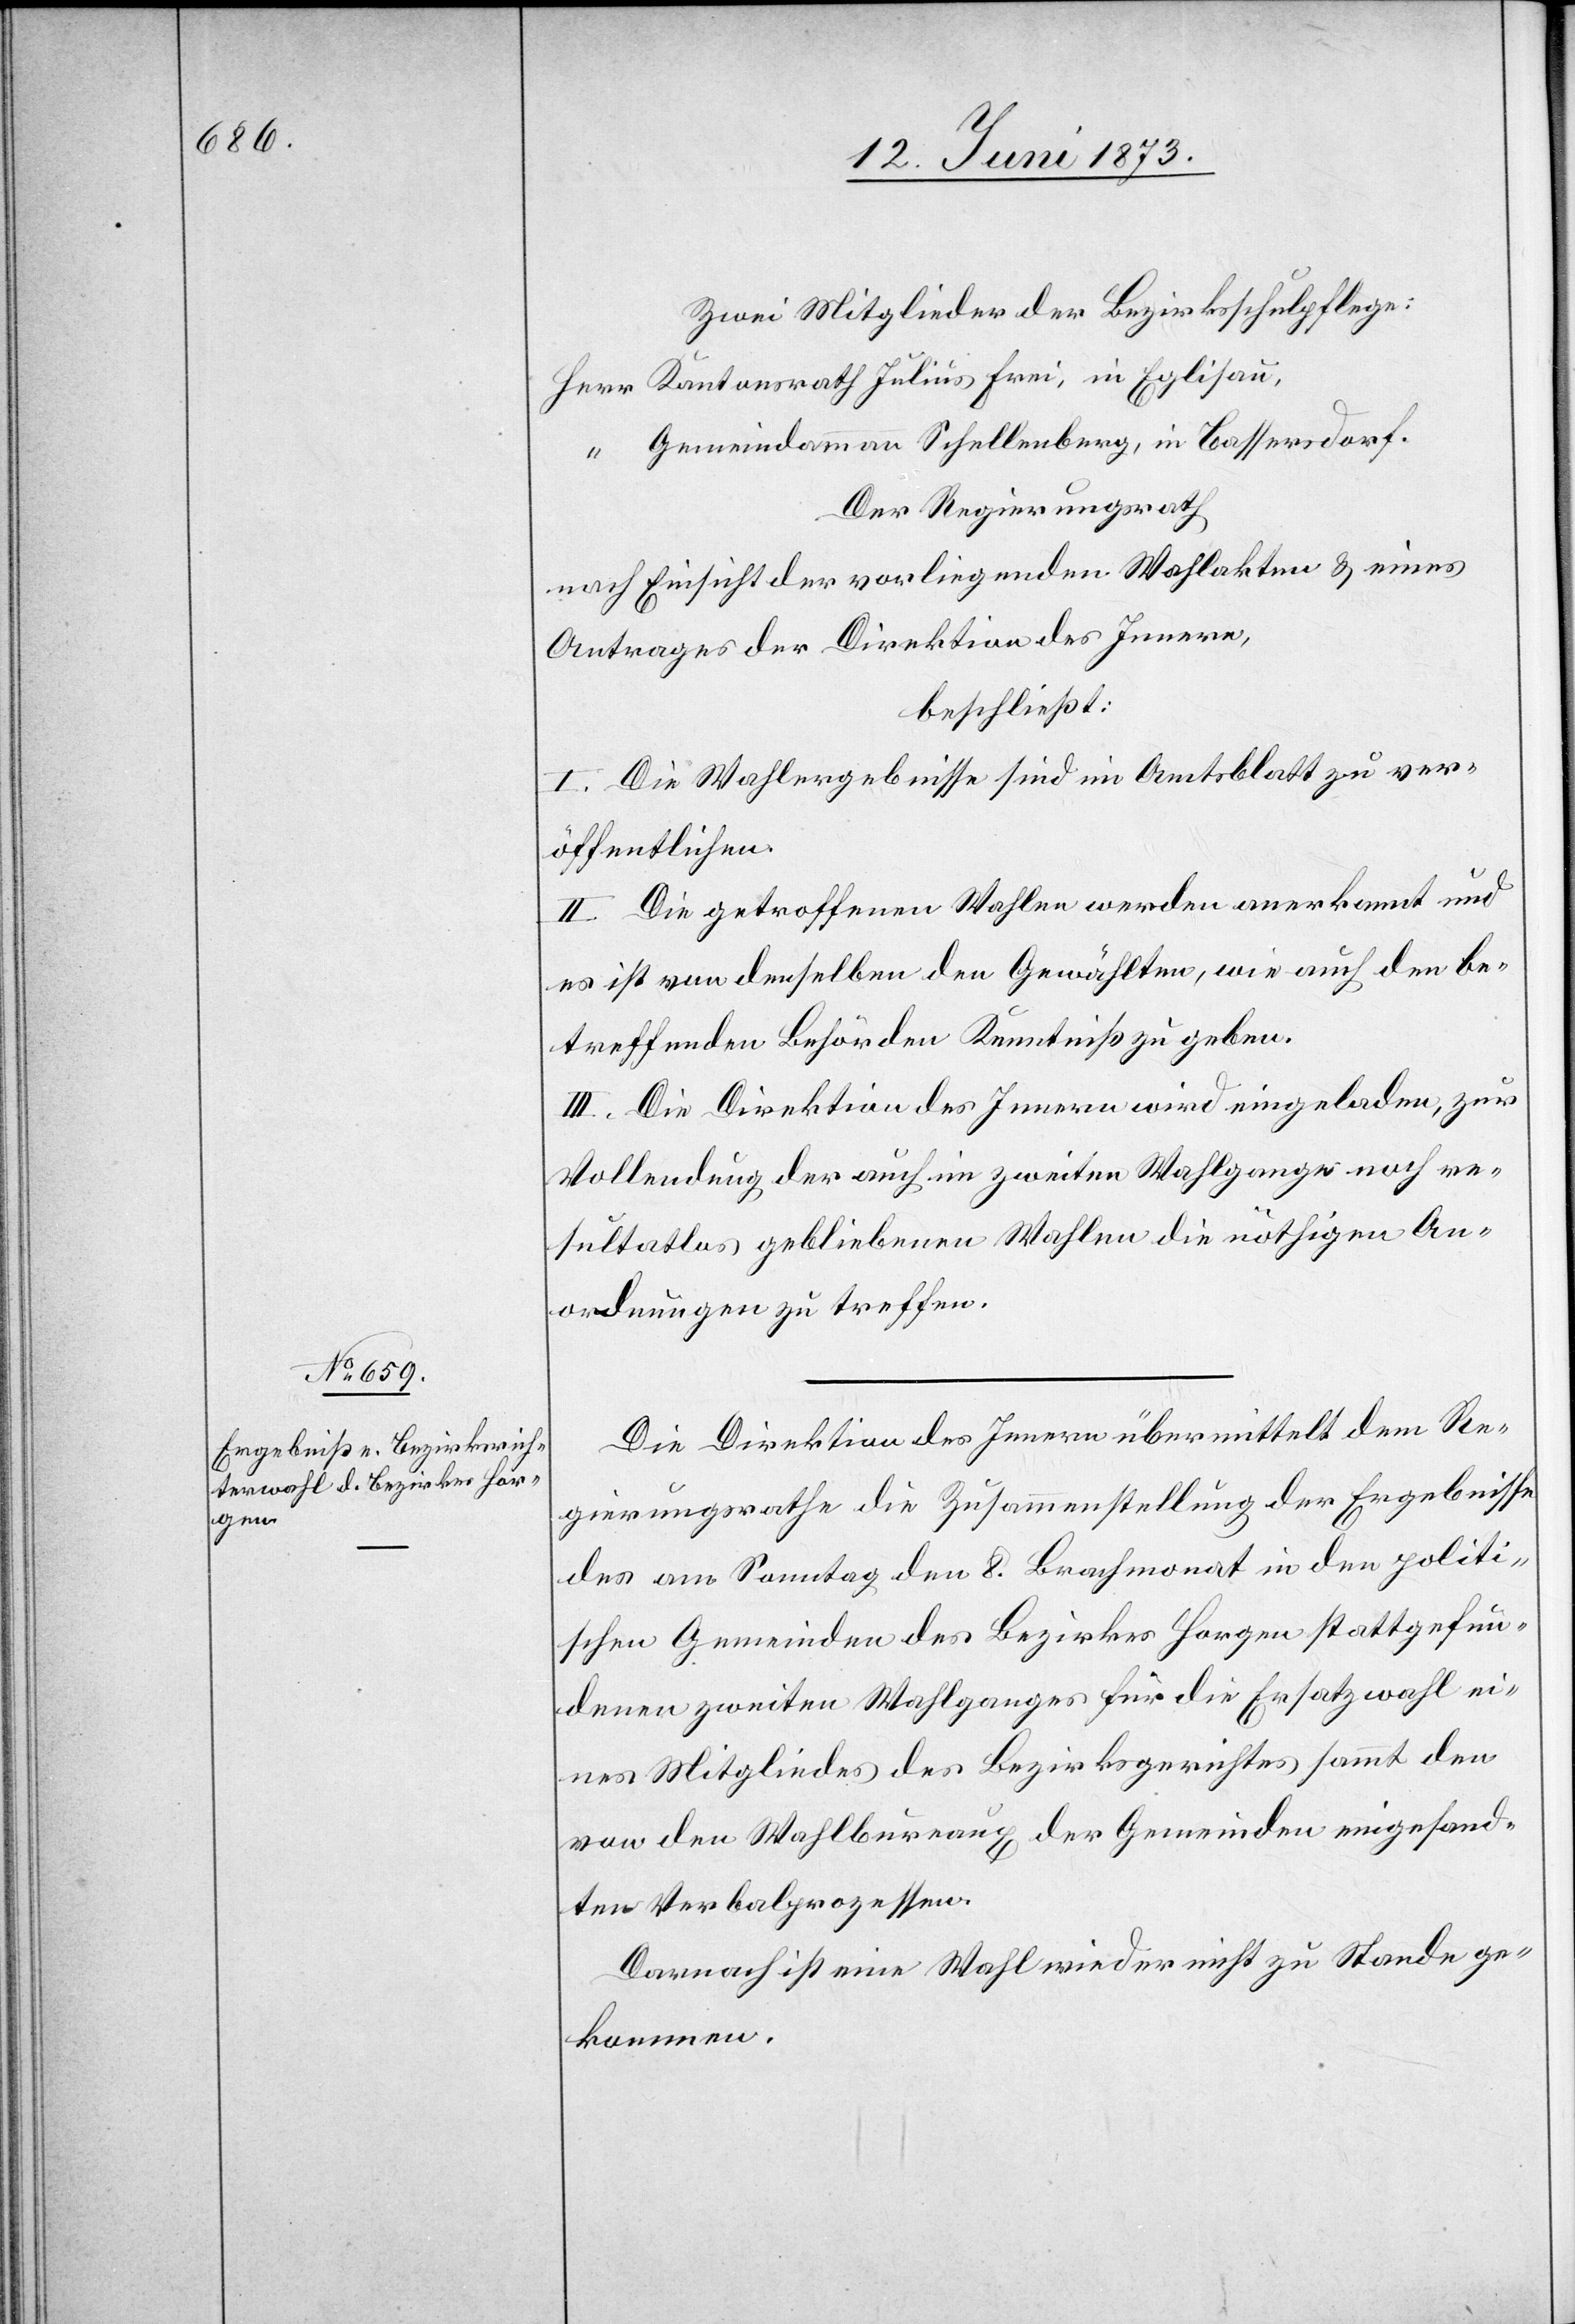
Zwei Mitglieder der Bezirksschulpflege:
Herr Kantonsrath Julius Frei, in Eglisau,
“ Gemeindammann Schellenberg, in Bassersdorf.
Der Regierungsrath
nach Einsicht der vorliegenden Wahlakten & eines
Antrages der Direktion des Innern,
beschließt:
I. Die Wahlergebnisse sind im Amtsblatt zu ver¬
öffentlichen.
II. Die getroffenen Wahlen werden anerkannt und
es ist von denselben den Gewählten, wie auch den be¬
treffenden Behörden Kenntniß zu geben.
III. Die Direktion des Innern wird eingeladen, zur
Vollendung der auch im zweiten Wahlgange noch re¬
sultatlos gebliebenen Wahlen die nöthigen An¬
ordnungen zu treffen.
Die Direktion des Innern übermittelt dem Re¬
gierungsrathe die Zusammenstellung der Ergebnisse
des am Sonntag den 8. Brachmonat in den politi¬
schen Gemeinden des Bezirkes Horgen stattgefun¬
denen zweiten Wahlganges für die Ersatzwahl ei¬
nes Mitgliedes des Bezirksgerichtes sammt den
von den Wahlbureaux der Gemeinden eingesand¬
ten Verbalprozessen.
Darnach ist eine Wahl wieder nicht zu Stande ge¬
kommen.